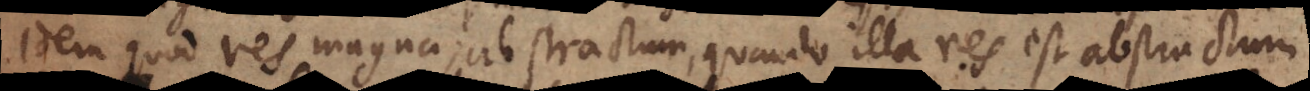
idem quod res magna; abstractum, quando illa res est abstractum